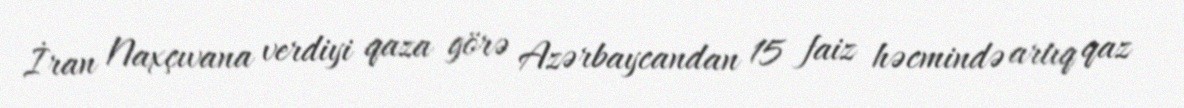
İran Naxçıvana verdiyi qaza görə Azərbaycandan 15 faiz həcmində artıq qaz